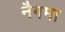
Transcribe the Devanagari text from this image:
नैगमा